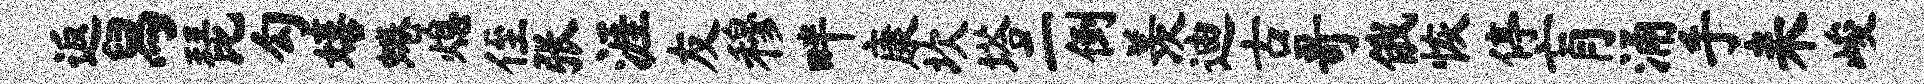
返舄琵勾嬉蜷熄侄张涯友穆畔康坎塔二倒羡迪古哥俄恢停肓涌手耒峻